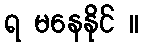
ရ မနေနိုင် ။